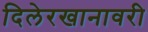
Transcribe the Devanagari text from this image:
दिलेरखानावरी